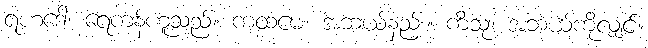
ရဟဒေါ၊ ရေကန်ဟူသည်။ ကထမေ၊ အဘယ်နည်း။ ကိံသု၊ အဘယ်ကိုလျှင်။